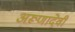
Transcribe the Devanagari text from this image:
अरूणादेवी